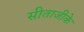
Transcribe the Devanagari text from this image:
सीताजीके